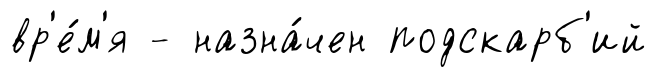
вр'е́м'я - назна́чен подскарб'ий